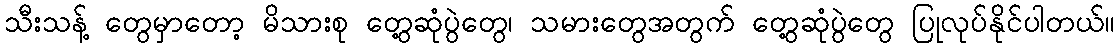
သီးသန့် တွေမှာတော့ မိသားစု တွေ့ဆုံပွဲတွေ၊ သမားတွေအတွက် တွေ့ဆုံပွဲတွေ ပြုလုပ်နိုင်ပါတယ်။